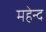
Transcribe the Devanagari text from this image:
महेन्द